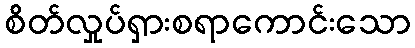
စိတ်လှုပ်ရှားစရာကောင်းသော